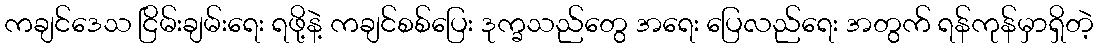
ကချင်ဒေသ ငြိမ်းချမ်းရေး ရဖို့နဲ့ ကချင်စစ်ပြေး ဒုက္ခသည်တွေ အရေး ပြေလည်ရေး အတွက် ရန်ကုန်မှာရှိတဲ့